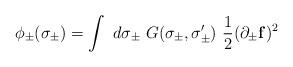
LaTeX: \begin{align*}\phi_{\pm}(\sigma_{\pm}) = \int~ d\sigma_{\pm}~ G(\sigma_{\pm},\sigma'_{\pm}) ~\frac{1}{2} (\partial_{\pm}{\bf f})^2\end{align*}